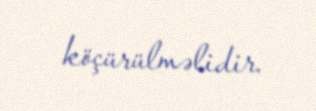
köçürülməlidir.